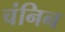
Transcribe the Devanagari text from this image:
चंनिन